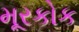
મૂરકોક